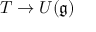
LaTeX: T \to U ( { \mathfrak { g } } )